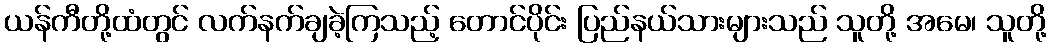
ယန်ကီတို့ထံတွင် လက်နက်ချခဲ့ကြသည့် တောင်ပိုင်း ပြည်နယ်သားများသည် သူတို့ အမေ၊ သူတို့